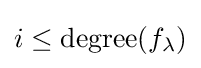
i\leq {\rm {degree}}(f_{\lambda })